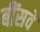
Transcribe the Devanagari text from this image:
बींसवे